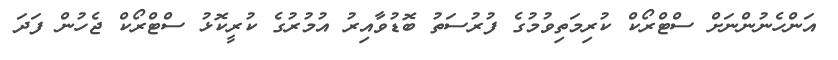
އަންހެނުންނަށް ސްޓްރޯކް ކުރިމަތިވުމުގެ ފުރުސަތު ބޮޑުވާއިރު އުމުރުގެ ކުރީކޮޅު ސްޓްރޯކް ޖެހުން ފަދަ